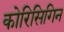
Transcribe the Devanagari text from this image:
कोरिसिगिन